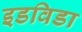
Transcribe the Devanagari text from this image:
इडविडा